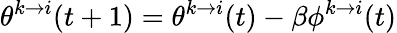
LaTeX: \theta^{k\to i}(t+1)=\theta^{k\to i}(t)-\beta\phi^{k\to i}(t)